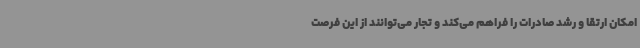
امکان ارتقا و رشد صادرات را فراهم می‌کند و تجار می‌توانند از این فرصت